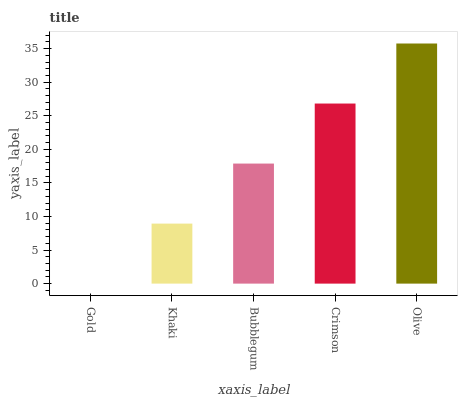
| xaxis_label | bars |
 | --- | --- |
 | Gold | 0 |
 | Khaki | 8.94 |
 | Bubblegum | 17.9 |
 | Crimson | 26.8 |
 | Olive | 35.8 |